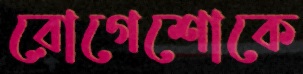
রোগেশোকে